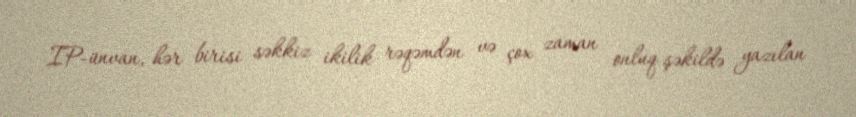
IP-ünvan, hər birisi səkkiz ikilik rəqəmdən və çox zaman onluq şəkildə yazılan